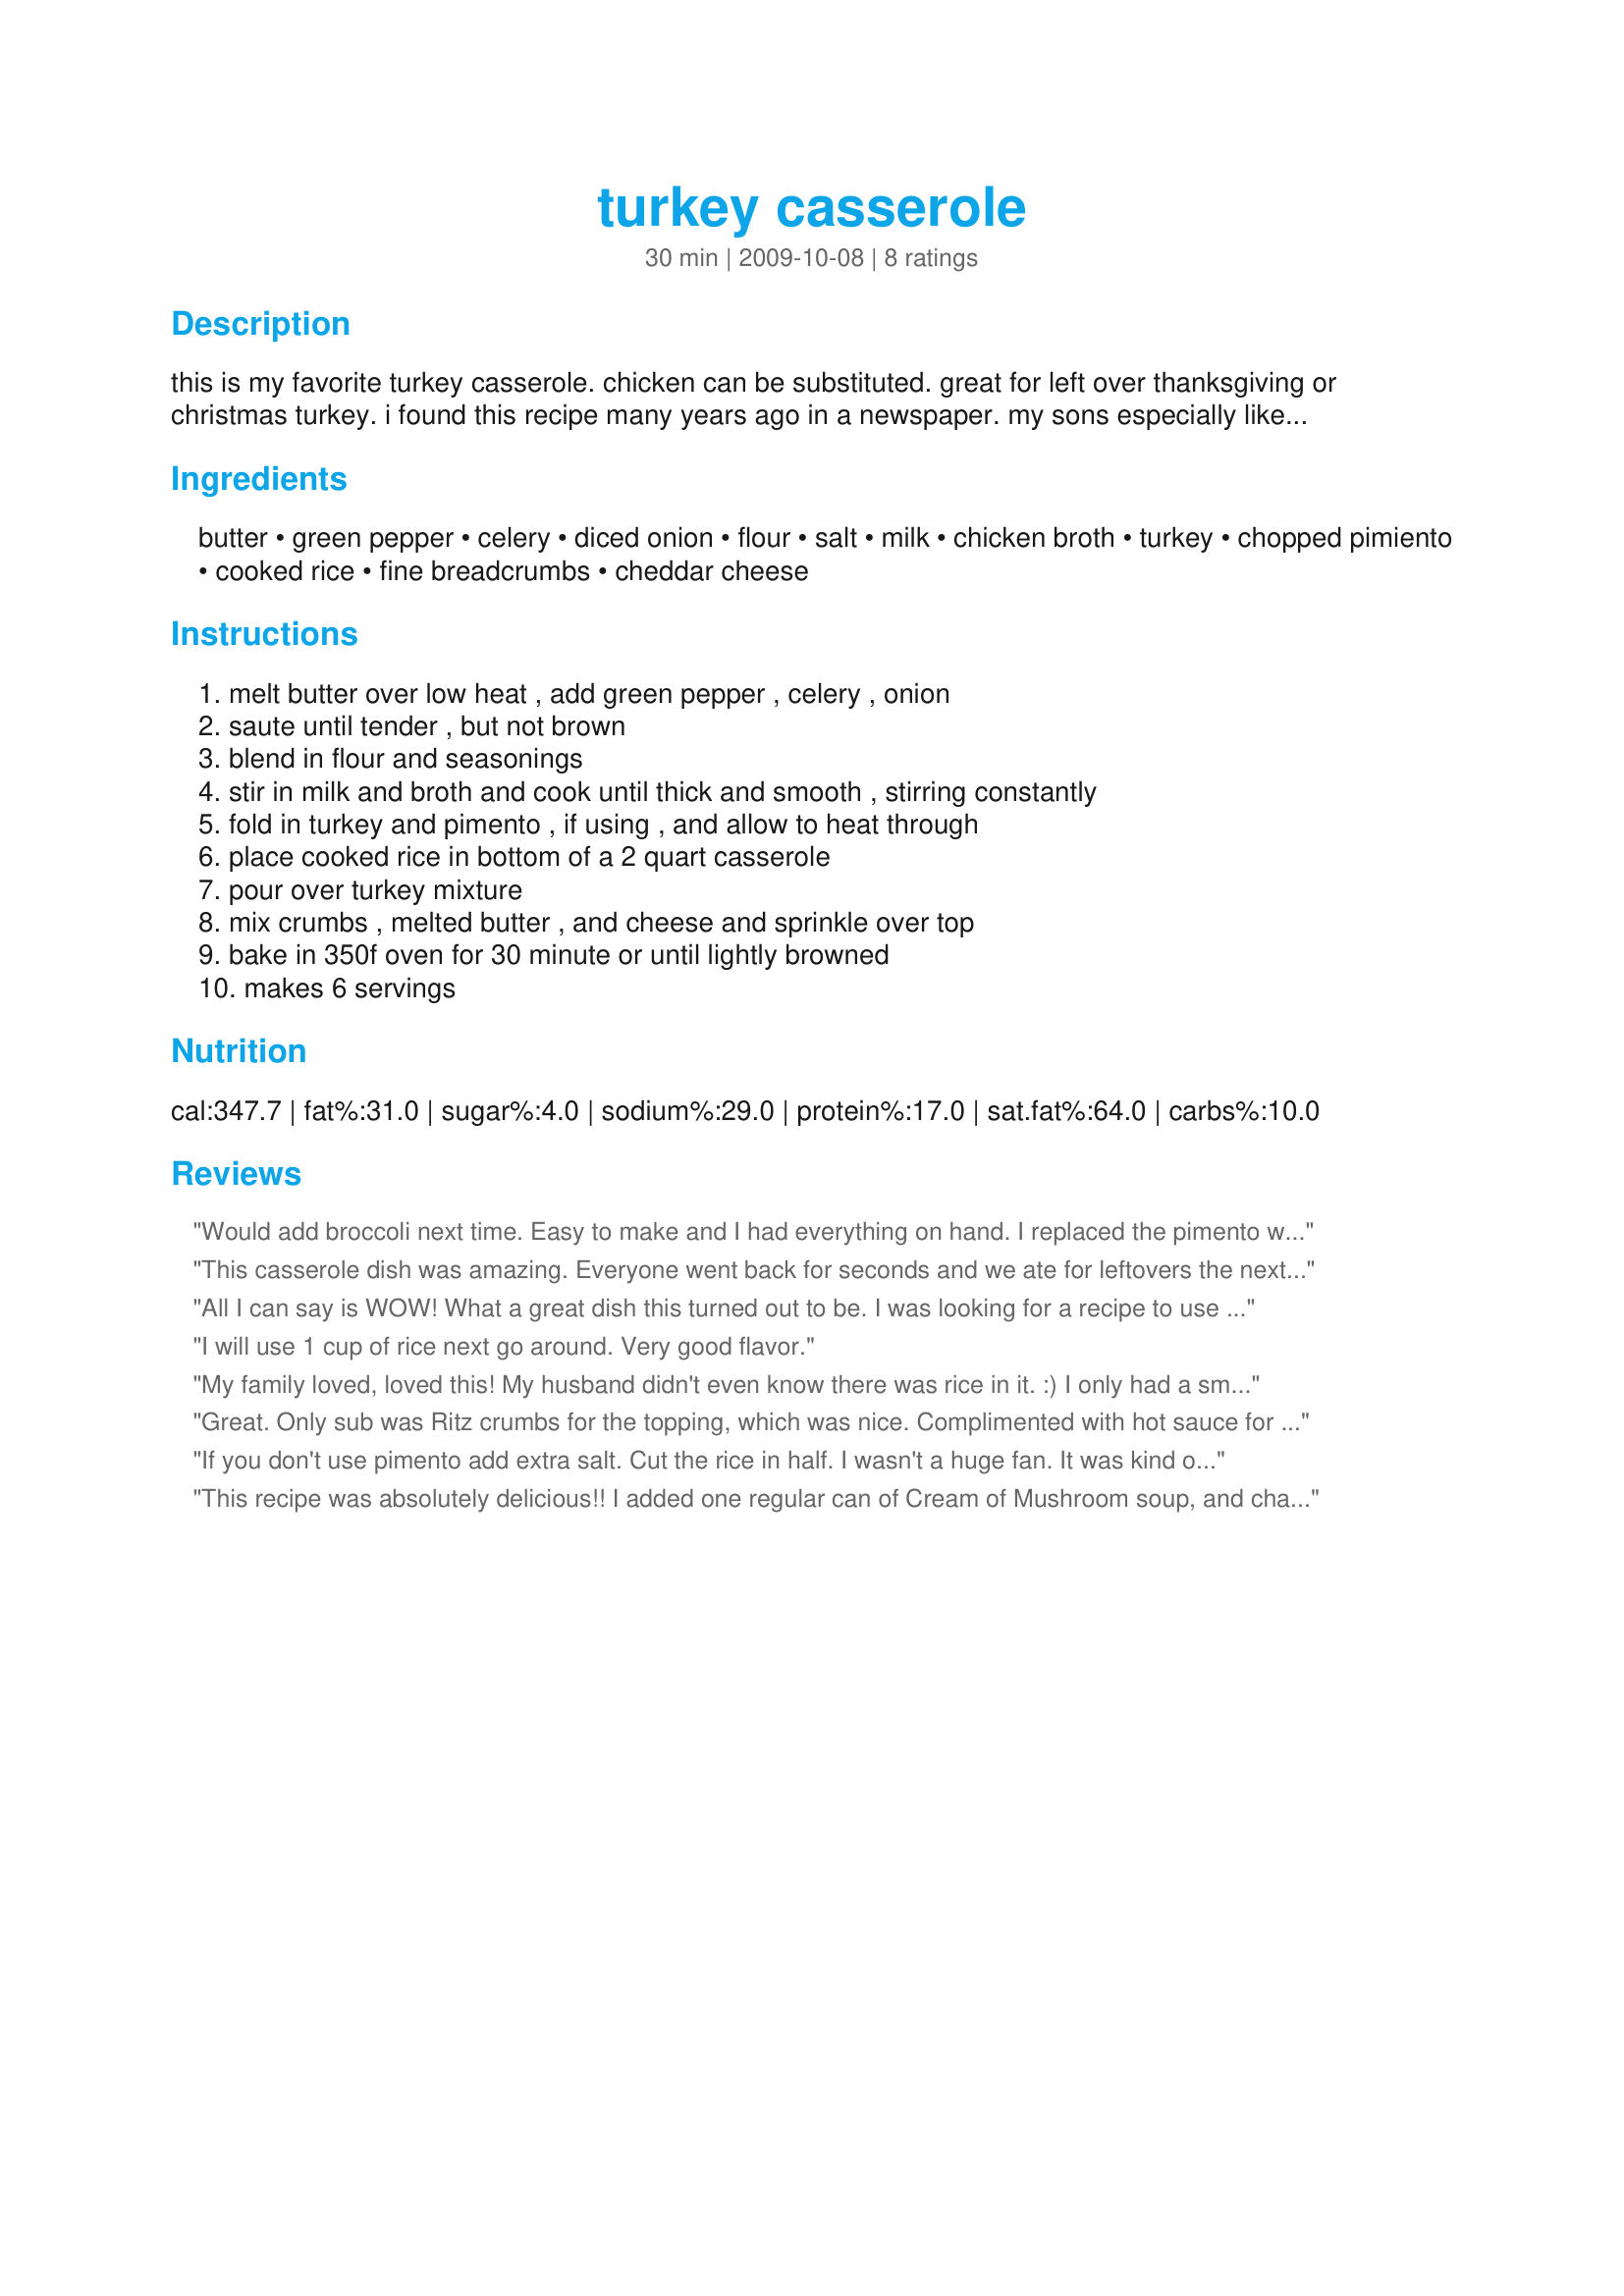
turkey casserole
Preparation time: 30 minutes

this is my favorite turkey casserole. chicken can be substituted. great for left over thanksgiving or christmas turkey. i found this recipe many years ago in a newspaper. my sons especially liked the cheese topping so i used to double the topping ingredients. whether i serve it at home or bring out, i always get compliments and often asked for the recipe.

Ingredients:
butter, green pepper, celery, diced onion, flour, salt, milk, chicken broth, turkey, chopped pimiento, cooked rice, fine breadcrumbs, cheddar cheese

Steps:
melt butter over low heat , add green pepper , celery , onion, saute until tender , but not brown, blend in flour and seasonings, stir in milk and broth and cook until thick and smooth , stirring constantly, fold in turkey and pimento , if using , and allow to heat through, place cooked rice in bottom of a 2 quart casserole, pour over turkey mixture, mix crumbs , melted butter , and cheese and sprinkle over top, bake in 350f oven for 30 minute or until lightly browned, makes 6 servings

Reviews:
Would add broccoli next time. Easy to make and I had everything on hand. I replaced the pimento with black olives. The hot sauce idea was good. Yum.
This casserole dish was amazing. Everyone went back for seconds and we ate for leftovers the next night too. What made it really great was breadcrumb topping that was crispy. Can't wait to try again. We omitted the pimiento. There are so many veggies that could included too. I might try diced asparagus in the future.
All I can say is WOW! What a great dish this turned out to be. I was looking for a recipe to use up some of my leftover turkey and this is it! I doubled the topping as you suggested and boy am I glad I did. My sons liked the topping as much as yours did. The flavors all worked so well together, and it was quite simple to prepare. Thank you so much for sharing this recipe with us!
I will use 1 cup of rice next go around. Very good flavor.
My family loved, loved this! My husband didn't even know there was rice in it. :) I only had a small portion but really liked it. They all said how creamy and tasty it was. Enjoyed it so much that I made two. I didn't change a thing but did omit the pimentos only because I didn't have any or any roasted red peppers which would have been awesome as a substitute I think. Oh I did make one change - for the milk - I don't have whole milk in the house but have skim and cereal cream so I mixed them and it was great. The second time I used can milk and some cream as I was out of milk all together and it was even more luxurious.
Great. Only sub was Ritz crumbs for the topping, which was nice. Complimented with hot sauce for extra zest!
If you don't use pimento add extra salt. Cut the rice in half. I wasn't a huge fan. It was kind of boring and lacking of flavor. Not sure why everyone else thinks it's the best thing ever.
This recipe was absolutely delicious!! I added one regular can of Cream of Mushroom soup, and changed a few things just before placing in the oven. I sprinkled the shredded cheese over the casserole, then poured the melted butter over the top, then sprinkled French Fried Onions over the casserole before placing in the oven. The Cream of Mushroom added creaminess and a really great flavor. This recipe is definitely going in my recipe box!!
